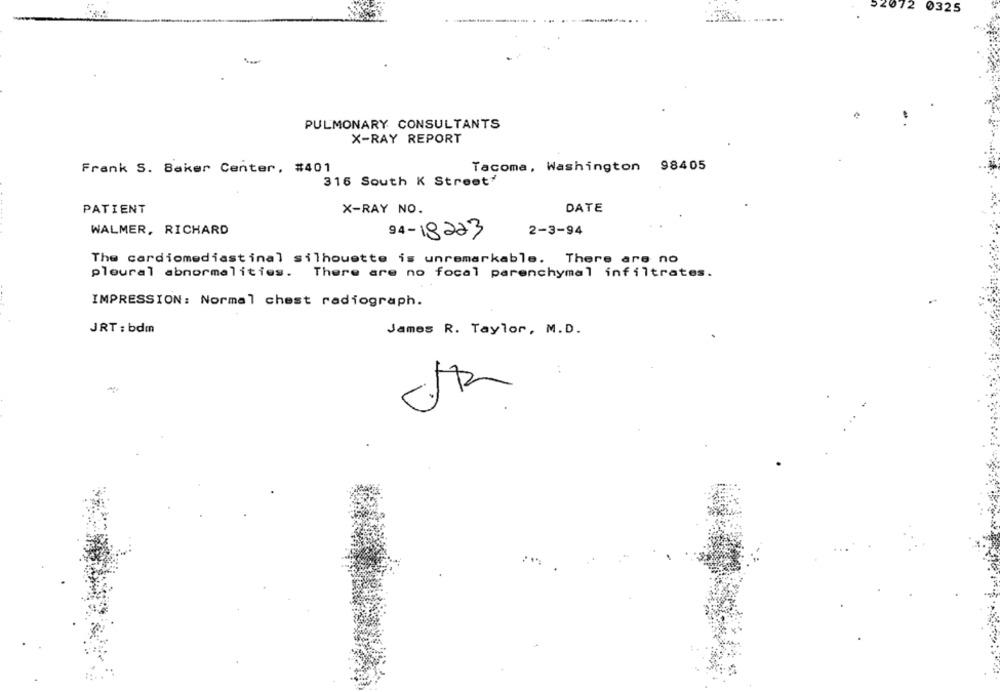
52072
0325
PULMONARY CONSULTANTS
X-RAY REPORT
Frank S. Baker Center, #401
Tacoma, Washington 98405
316 South K Street
DATE
PATIENT
X-RAY NO.
WALMER, RICHARD
94-18223
2-3-94
The cardiomediastinal silhouette is unremarkable. There are no
pleural abnormalities. There are no focal parenchymal infiltrates.
IMPRESSION: Normal chest radiograph.
JRT : bdm
James R. Taylor, M.D.